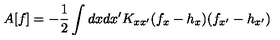
A [ f ] = - \frac { 1 } { 2 } \int d x d x ^ { \prime } K _ { x x ^ { \prime } } ( f _ { x } - h _ { x } ) ( f _ { x ^ { \prime } } - h _ { x ^ { \prime } } )